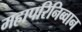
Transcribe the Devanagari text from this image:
महापरिनिब्वान